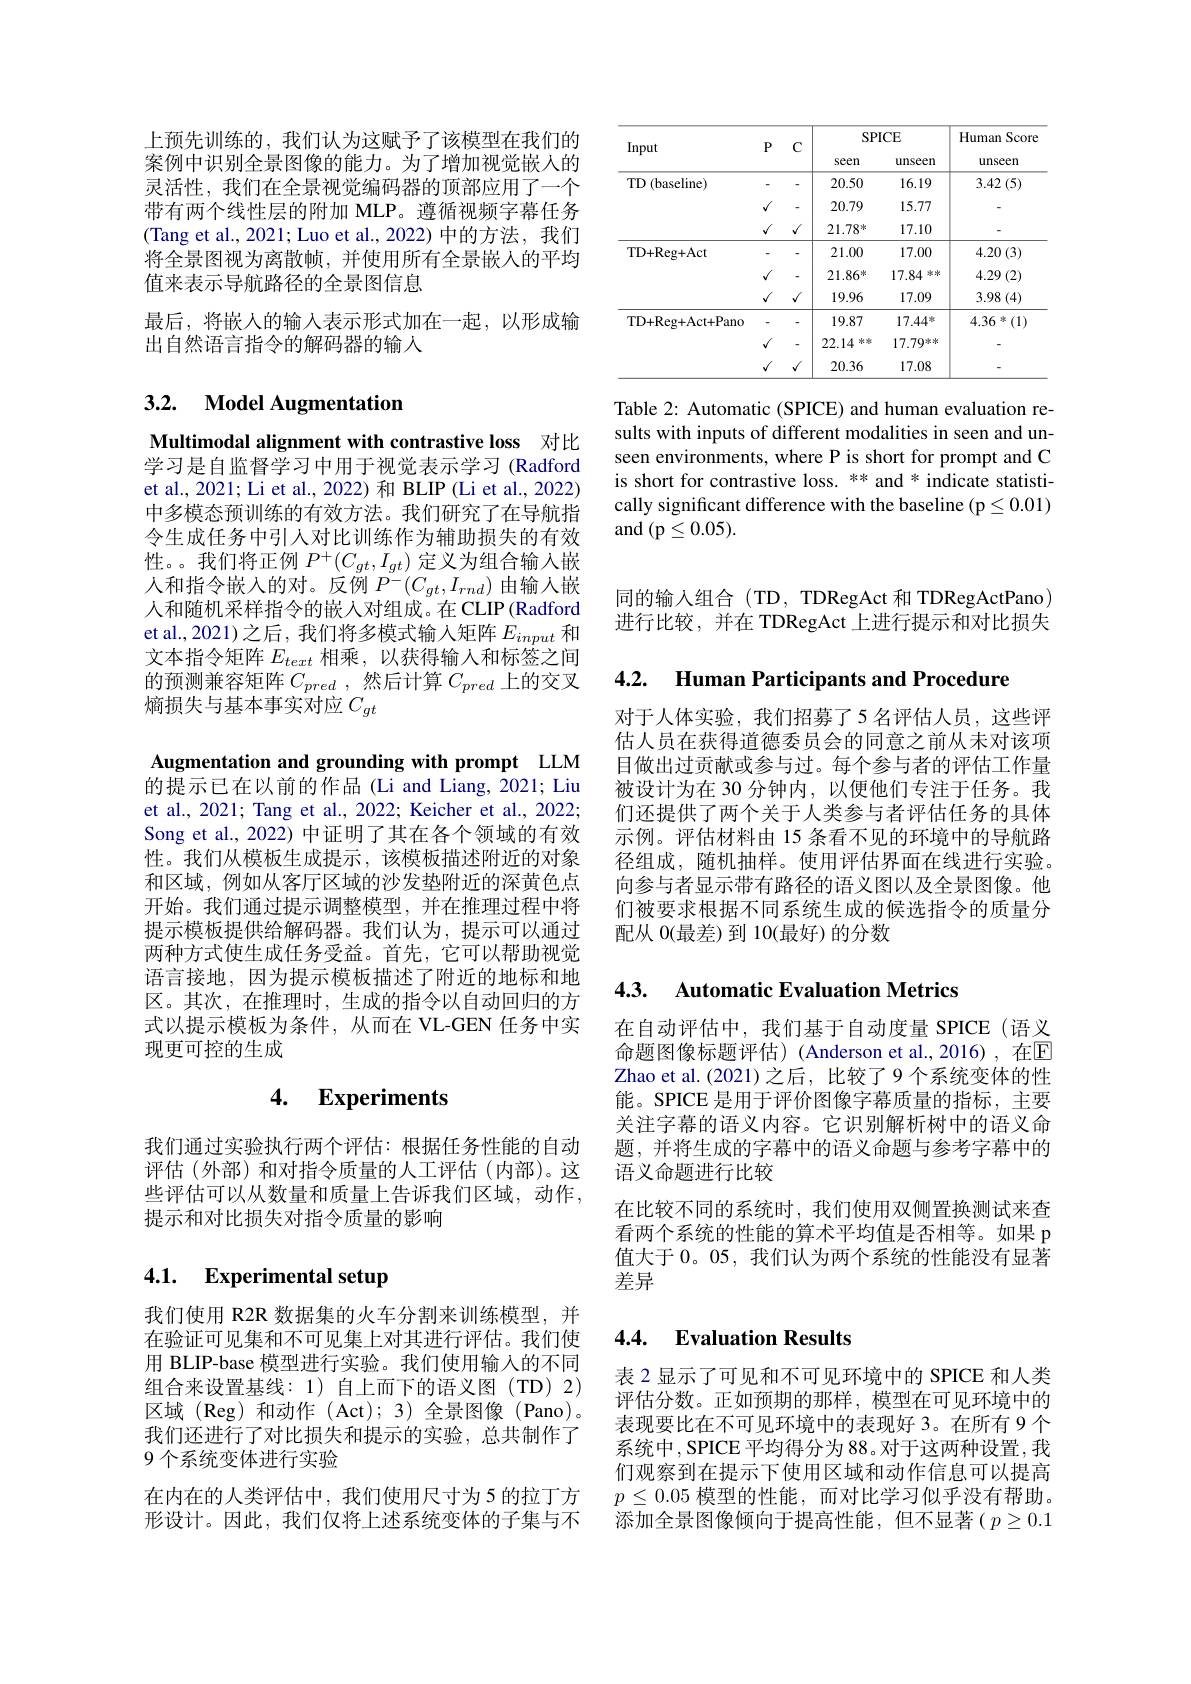
Table 2: Automatic (SPICE) and human evaluation results with inputs of different modalities in seen and unseen environments, where P is short for prompt and C is short for contrastive loss. ** and * indicate statistically significant difference with the baseline (p $\leq0.01)$ and (p$\leq0.05).$

上预先训练的，我们认为这赋予了该模型在我们的案例中识别全景图像的能力。为了增加视觉嵌人的灵活性，我们在全景视觉编码器的顶部应用了一个带有两个线性层的附加 MLP。遵循视频字幕任务(Tang et al., 2021; Luo et al., 2022)中的方法，我们将全景图视为离散帧，并使用所有全景嵌人的平均值来表示导航路径的全景图信息
最后，将嵌入的输入表示形式加在一起，以形成输
出自然语言指令的解码器的输人

## 3.2. $\textbf{Model Augmentation}$

Multimodal alignment with contrastive loss 对比学习是自监督学习中用于视觉表示学习(Radford et al., 2021; Li et al., 2022) 和 BLIP (Li et al., 2022) 中多模态预训练的有效方法。我们研究了在导航指令生成任务中引人对比训练作为辅助损失的有效性。。我们将正例$P^+(C_{gt},I_{gt})$定义为组合输入嵌人和指令嵌入的对。反例$P^-(C_{gt},I_{rnd})$由输入嵌人和随机采样指令的嵌入对组成。在CLIP(Radford et al., 2021) 之后，我们将多模式输入矩阵$E_{input}$和文本指令矩阵$E_text$相乘，以获得输人和标签之间的预测兼容矩阵$C_{pred}$ ,然后计算$C_{pred}$上的交叉熵损失与基本事实对应$C_{gt}$

Augmentation and grounding with prompt LLM 的提示已在以前的作品 (Li and Liang, 2021; Liu et al., 2021; Tang et al., 2022; Keicher et al., 2022; Song et al., 2022) 中证明了其在各个领域的有效性。我们从模板生成提示，该模板描述附近的对象和区域，例如从客厅区域的沙发垫附近的深黄色点开始。我们通过提示调整模型，并在推理过程中将提示模板提供给解码器。我们认为，提示可以通过两种方式使生成任务受益。首先，它可以帮助视觉语言接地，因为提示模板描述了附近的地标和地区。其次，在推理时，生成的指令以自动回归的方式以提示模板为条件，从而在 VL-GEN 任务中实现更可控的生成

### 4. $\textbf{Experiments}$

我们通过实验执行两个评估：根据任务性能的自动评估(外部)和对指令质量的人工评估(内部)。这些评估可以从数量和质量上告诉我们区域，动作， 提示和对比损失对指令质量的影响

# 4.1. Experimental setup

我们使用 R2R 数据集的火车分割来训练模型，并在验证可见集和不可见集上对其进行评估。我们使用 BLIP-base 模型进行实验。我们使用输入的不同组合来设置基线：1)自上而下的语义图(TD)2) 区域 (Reg)和动作 (Act);3)全景图像 (Pano)。我们还进行了对比损失和提示的实验，总共制作了9 个系统变体进行实验
在内在的人类评估中，我们使用尺寸为5 的拉丁方形设计。因此，我们仅将上述系统变体的子集与不

同的输入组合(TD, TDRegAct 和 TDRegActPano) 进行比较，并在 TDRegAct 上进行提示和对比损失

4.2. Human Participants and Procedure

对于人体实验，我们招募了5名评估人员，这些评估人员在获得道德委员会的同意之前从未对该项目做出过贡献或参与过。每个参与者的评估工作量被设计为在 30 分钟内，以便他们专注于任务。我们还提供了两个关于人类参与者评估任务的具体示例。评估材料由 15 条看不见的环境中的导航路径组成，随机抽样。使用评估界面在线进行实验。向参与者显示带有路径的语义图以及全景图像。他们被要求根据不同系统生成的候选指令的质量分配从 O(最差) 到 10(最好) 的分数

## 4.3. $\textbf{Automatic Evaluation Metrics}$

在自动评估中，我们基于自动度量 SPICE(语义命题图像标题评估)(Anderson et al.,2016),在$\mathbb{E}$ Zhao et al.(2021)之后，比较了9个系统变体的性能。SPICE 是用于评价图像字幕质量的指标，主要关注字幕的语义内容。它识别解析树中的语义命题，并将生成的字幕中的语义命题与参考字幕中的语义命题进行比较
在比较不同的系统时，我们使用双侧置换测试来查看两个系统的性能的算术平均值是否相等。如果 p 值大于 0。05, 我们认为两个系统的性能没有显著差异

## 4.4. $\textbf{Evaluation Results}$

表 2 显示了可见和不可见环境中的 SPICE 和人类评估分数。正如预期的那样，模型在可见环境中的表现要比在不可见环境中的表现好 3。在所有 9 个系统中，SPICE 平均得分为 88。对于这两种设置，我们观察到在提示下使用区域和动作信息可以提高$p\leq0.05$模型的性能，而对比学习似乎没有帮助。添加全景图像倾向于提高性能，但不显著($p\geq0.1$